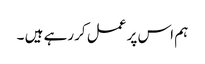
ہم اس پر عمل کررہے ہیں ۔